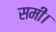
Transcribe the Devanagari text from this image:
समी।